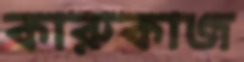
কারুকাজ